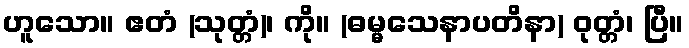
ဟူသော။ ဧတံ (သုတ္တံ)၊ ကို။ (ဓမ္မသေနာပတိနာ) ဝုတ္တံ၊ ပြီ။